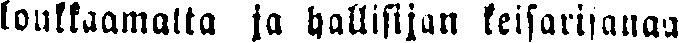
loukkaamatta ja hallisijan keisarisanaa